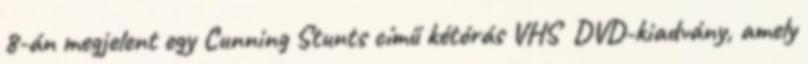
8-án megjelent egy Cunning Stunts című kétórás VHS DVD-kiadvány, amely